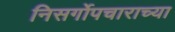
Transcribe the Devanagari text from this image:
निसर्गोपचाराच्या